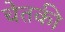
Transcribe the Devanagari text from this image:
चेतकी